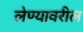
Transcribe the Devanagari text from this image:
लेण्यावरील